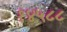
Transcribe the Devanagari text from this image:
१४५८८